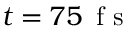
t = 7 5 \, \mathrm { ~ f ~ s ~ }